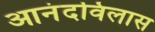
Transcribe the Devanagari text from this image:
आनंदविलास